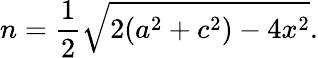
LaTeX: n={\frac{1}{2}}{\sqrt{2(a^{2}+c^{2})-4x^{2}}}.